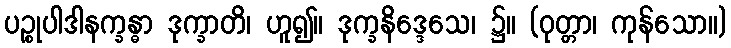
ပဉ္စုပါဒါနက္ခန္ဓာ ဒုက္ခာတိ၊ ဟူ၍။ ဒုက္ခနိဒ္ဒေသေ၊ ၌။ (ဝုတ္တာ၊ ကုန်သော။)